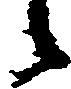
候